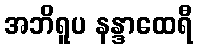
အဘိရူပ နန္ဒာထေရီ